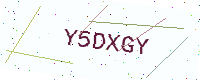
Text: Y5DXGY